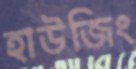
হাউজিং